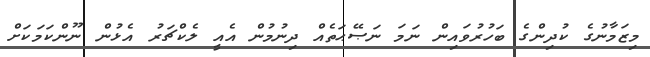
މިޒަމާނުގެ ކުދިންގެ ބަހުރުވައިން ނަމަ ނަޞޭޙަތެއް ދިނުމުން އެއީ ލެކްޗަރު އެޅުން ނޫންކަމަކަށް